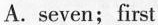
A.seven;first